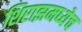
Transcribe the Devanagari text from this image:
शिराझमध्येच